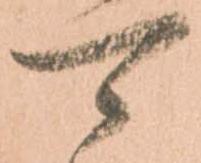
可